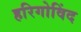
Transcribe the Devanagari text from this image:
हरिगोविंद